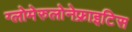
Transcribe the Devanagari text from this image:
ग्लोमेरुलोनेफ्राइटिस